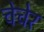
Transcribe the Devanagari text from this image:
चेचेर